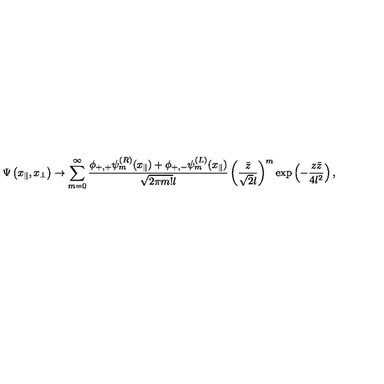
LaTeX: \Psi \left( x _ { \parallel } , x _ { \perp } \right) \to \sum _ { m = 0 } ^ { \infty } \frac { \phi _ { + , + } \psi _ { m } ^ { ( R ) } ( x _ { \parallel } ) + \phi _ { + , - } \psi _ { m } ^ { ( L ) } ( x _ { \parallel } ) } { \sqrt { 2 \pi m ! } l } \left( \frac { \bar { z } } { \sqrt { 2 } l } \right) ^ { m } \exp \left( - \frac { z \bar { z } } { 4 l ^ { 2 } } \right) ,